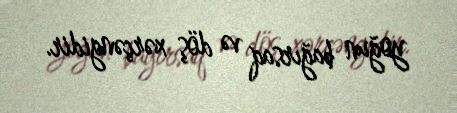
yoğun bağırsaq və döş xərçəngidir.